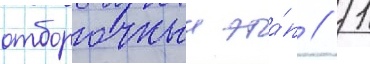
отборочныи эта́п / 1/